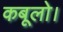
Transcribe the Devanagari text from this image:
कबूलो।